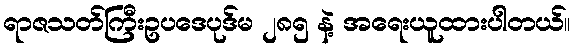
ရာဇသတ်ကြီးဥပဒေပုဒ်မ ၂၈၅ နဲ့ အရေးယူထားပါတယ်။